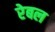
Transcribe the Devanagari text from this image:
रेबल